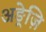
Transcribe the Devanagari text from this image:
अङ्रेज़ि